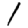
Digit: 1